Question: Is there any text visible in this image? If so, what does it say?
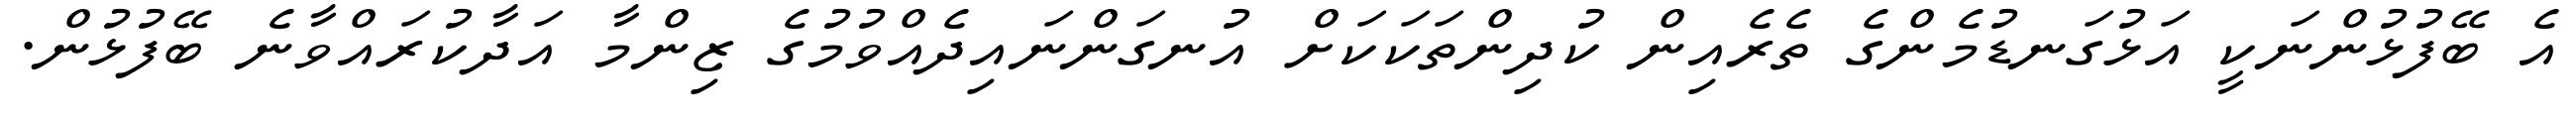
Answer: އެ ބޭފުޅުންނަކީ އަޅުގަނޑުމެންގެ ތެރެއިން ކުދިންތަކަކަށް އުނގަންނައިދެއްވުމުގެ ޒިންމާ އަދާކުރައްވާނެ ބޭފުޅުން.